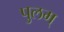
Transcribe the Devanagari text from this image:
पुलम्